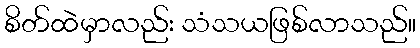
စိတ်ထဲမှာလည်း သံသယဖြစ်လာသည်။